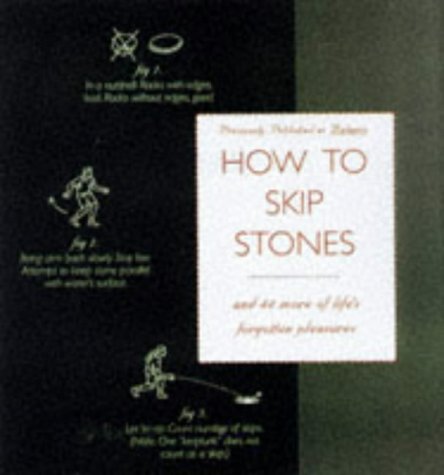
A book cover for How to Skip Stones: And 43 More of Life's Forgotten Pleasures; Eddie Bauer; Self-Help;